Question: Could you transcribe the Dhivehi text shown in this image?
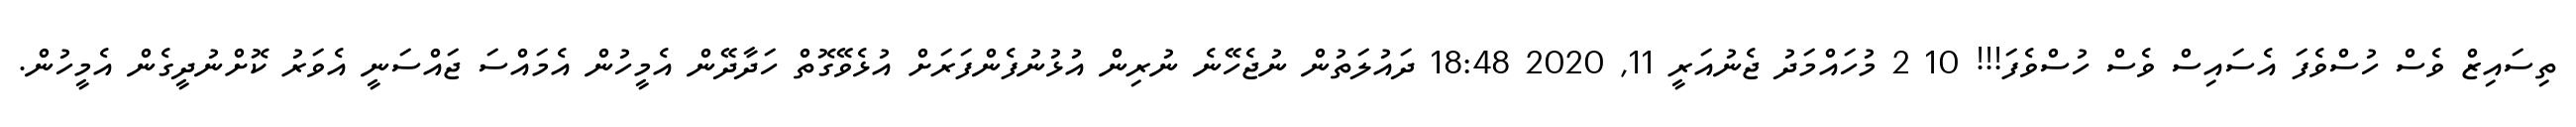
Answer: ތިސައިޒް ވެސް ހުސްވެފަ އެސައިސް ވެސް ހުސްވެފަ!!! 10 2 މުހައްމަދު ޖެނުއަރީ 11, 2020 18:48 ދައުލަތުން ނުޖެހޭނެ ނުރިން އުޅުނުފެންފަރަށް އުޅެވޭގޮތް ހަދާދޭން އެމީހުން އެމައްސަ ޖައްސަނީ އެވަރު ކޮށްނުދީގެން އެމީހުން.